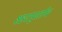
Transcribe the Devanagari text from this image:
शहरापुरतीच